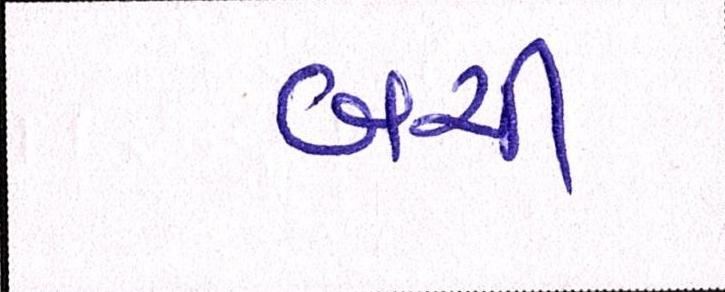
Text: બચી